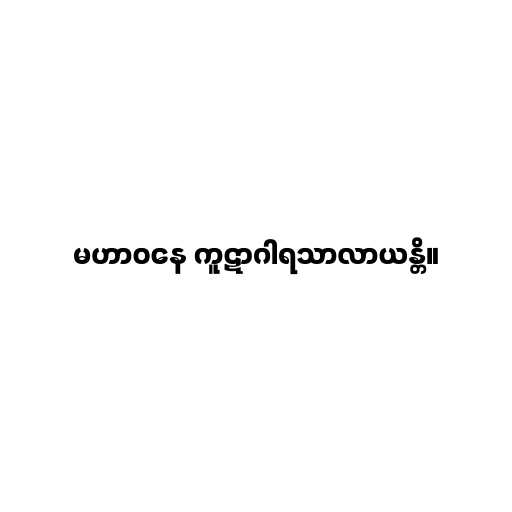
မဟာဝနေ ကူဋာဂါရသာလာယန္တိ။